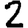
Digit: 2